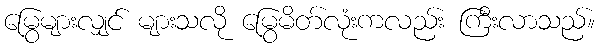
မြွေများလျှင် များသလို မြွေမိတ်လုံးကလည်း ကြီးလာသည်။